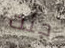
جئت